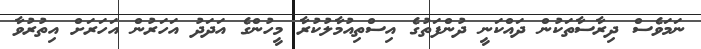
ނަމަވެސް ދިރާސާތަކުން ދައްކަނީ ދުންފަތުގެ އިސްތިއުމާލުކުރާ މީހުންގެ އަދަދު އަހަރުން އަހަރަށް އިތުރުވާ